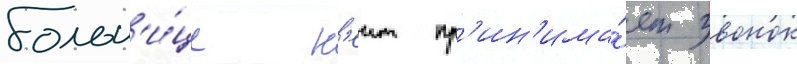
больн'и́це к'еит пр'ин'има́ет звонок